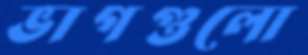
ভাগগুলো